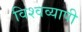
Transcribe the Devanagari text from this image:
विश्‍वव्‍यापी